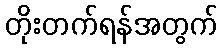
တိုးတက်ရန်အတွက်